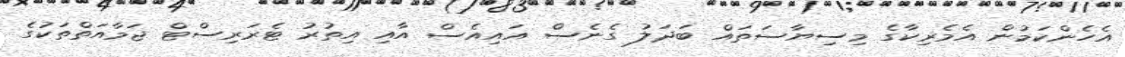
އެހެންކަމުން އެމެރިކާގެ މިސިޔާސަތައް ބަދަލު ގެނެސް އައިއެސް އާއި އިތުރު ޓެރަރިސްޓް ޖަމާއަތްތަކުގެ